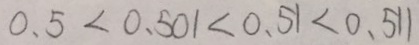
0 . 5 < 0 . 5 0 1 < 0 . 5 1 < 0 . 5 1 1